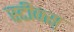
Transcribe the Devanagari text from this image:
स्टीक्स्